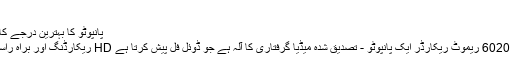
"
پانپوٹو کا بہترین درجے کا ویڈیو گرفتاری حل
میٹروکس مایویکس 6020 ریموٹ ریکارڈر ایک پانپوٹو - تصدیق شدہ میڈیا گرفتاری کا آلہ ہے جو ڈوئل فل پیش کرتا ہے HD ریکارڈنگ اور براہ راست ویڈیو کے چینلز۔